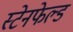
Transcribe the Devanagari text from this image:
स्टेनफेल्ड